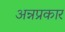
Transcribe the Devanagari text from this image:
अन्नप्रकार